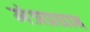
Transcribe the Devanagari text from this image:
मंत्रप्रधान